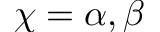
\chi = \alpha , \beta